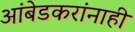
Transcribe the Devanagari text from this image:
आंबेडकरांनाही